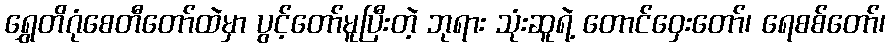
ရွှေတိဂုံစေတီတော်ထဲမှာ ပွင့်တော်မူပြီးတဲ့ ဘုရား သုံးဆူရဲ့ တောင်ဝှေးတော်၊ ရေစစ်တော်၊